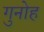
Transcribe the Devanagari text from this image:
गुनोह